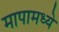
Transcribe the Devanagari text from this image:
मापामध्ये